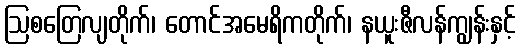
ဩစတြေလျတိုက်၊ တောင်အမေရိကတိုက်၊ နယူးဇီလန်ကျွန်းနှင့်